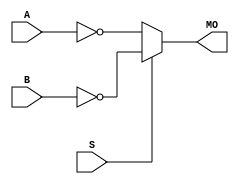
module maxv_nmux21 (MO, A, B, S);
   input A, B, S; 
   output MO; 
   assign MO = (S == 1) ? ~B : ~A; 
endmodule